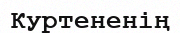
Куртененің